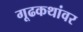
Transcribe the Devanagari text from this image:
गूढकथांवर